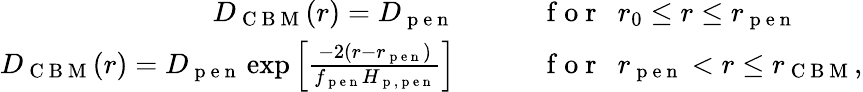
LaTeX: \begin{array}{rl}{D_{\mathrm{~C~B~M~}}(r)=D_{\mathrm{~p~e~n~}}\qquad}&{{}\mathrm{~f~o~r~}\ \ r_{0}\leq r\leq r_{\mathrm{~p~e~n~}}}\\ {D_{\mathrm{~C~B~M~}}(r)=D_{\mathrm{~p~e~n~}}\exp\left[\frac{-2(r-r_{\mathrm{~p~e~n~}})}{f_{\mathrm{~p~e~n~}}H_{\mathrm{~p~,~p~e~n~}}}\right]\qquad}&{{}\mathrm{~f~o~r~}\ \ r_{\mathrm{~p~e~n~}}<r\leq r_{\mathrm{~C~B~M~}},}\end{array}